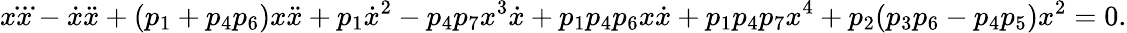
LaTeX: x\dddot{x}-\dot{x}\ddot{x}+(p_{1}+p_{4}p_{6})x\ddot{x}+p_{1}\dot{x}^{2}-p_{4}p_{7}x^{3}\dot{x}+p_{1}p_{4}p_{6}x\dot{x}+p_{1}p_{4}p_{7}x^{4}+p_{2}(p_{3}p_{6}-p_{4}p_{5})x^{2}=0.